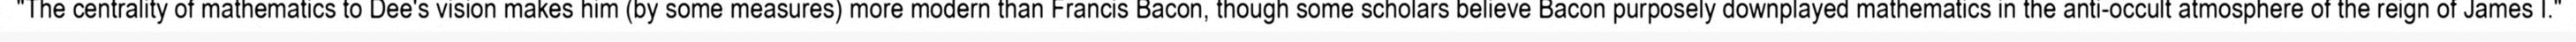
"The centrality of mathematics to Dee's vision makes him (by some measures) more modern than Francis Bacon, though some scholars believe Bacon purposely downplayed mathematics in the anti-occult atmosphere of the reign of James I."